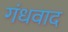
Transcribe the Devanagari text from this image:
गंधवाद